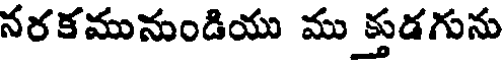
నరకమునుండియు ము క్తుడగును